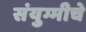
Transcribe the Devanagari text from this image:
संयुग्मीचे